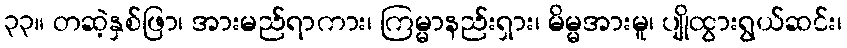
၃၃။ တဆဲ့နှစ်ဖြာ၊ အားမည်ရာကား၊ ကြမ္မာနည်းရှား၊ မိမ္မအားမူ၊ ပျိုထွားရွယ်ဆင်း၊